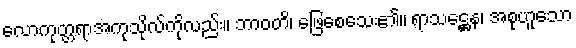
လောကုတ္တရာအကုသိုလ်ကိုလည်း။ ဘာဝတိ၊ ဖြေစေသေး၏။ ရာသဋ္ဌေန၊ အစုဟူသော